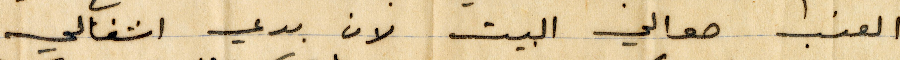
العنب حوالي البين لان بدي اشغالي